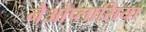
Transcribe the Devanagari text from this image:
नेओप्लासिया